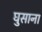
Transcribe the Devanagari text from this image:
घुसाना